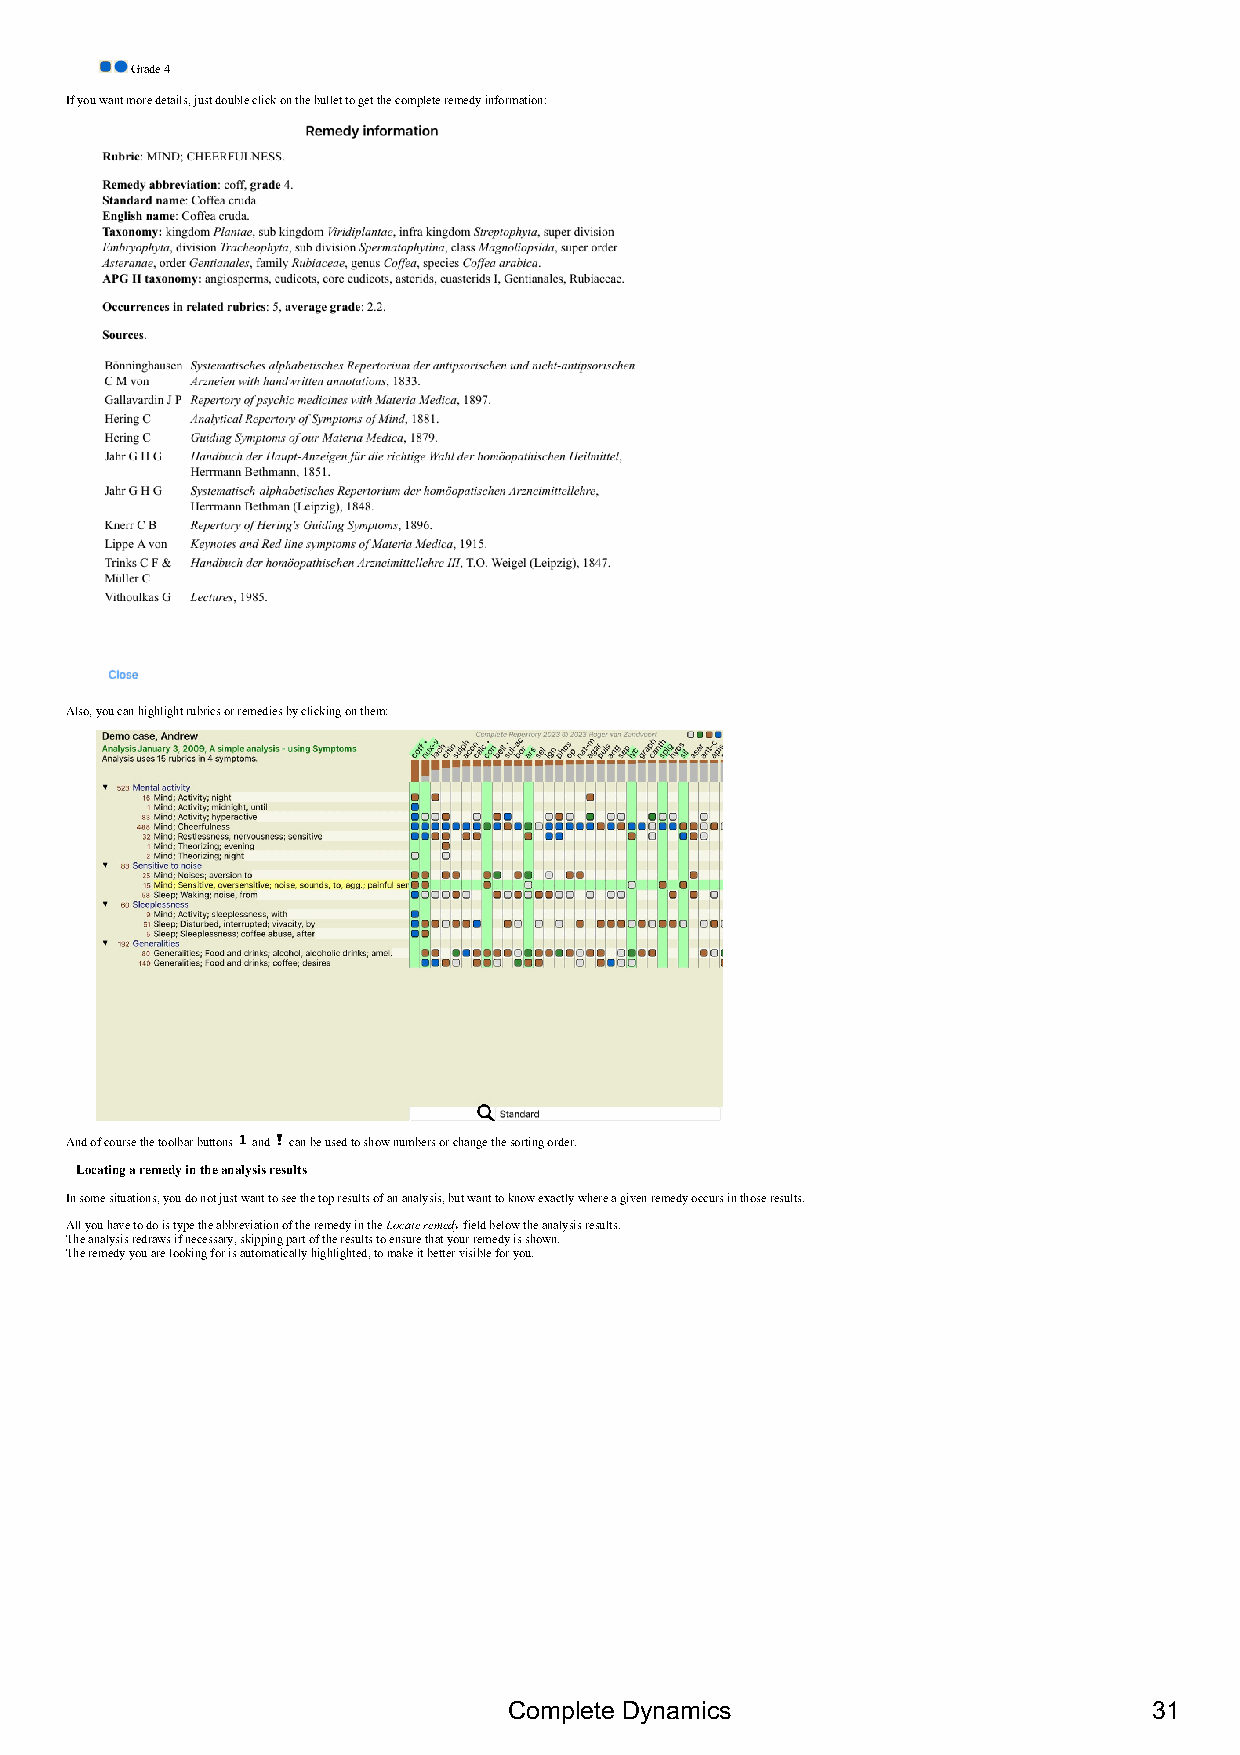
Grade 4
 If you want more details, just double click on the bullet to get the complete remedy information:
 Also, you can highlight rubrics or remedies by clicking on them:
 And of course the toolbar buttons and can be used to show numbers or change the sorting order.
 Locating a remedy in the analysis results
 In some situations, you do not just want to see the top results of an analysis, but want to know exactly where a given remedy occurs in those results.
 All you have to do is type the abbreviation of the remedy in the Locate remedy field below the analysis results.
 The analysis redraws if necessary, skipping part of the results to ensure that your remedy is shown.
 The remedy you are looking for is automatically highlighted, to make it better visible for you.
 Complete Dynamics                         31